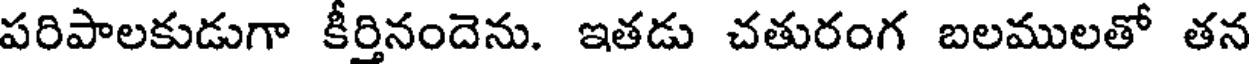
పరిపాలకుడుగా కీర్తినందెను. ఇతడు చతురంగ బలములతో తన